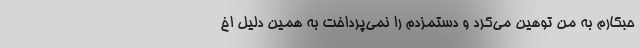
حبکارم به من توهین می‌کرد و دستمزدم را نمی‌پرداخت به همین دلیل اخ